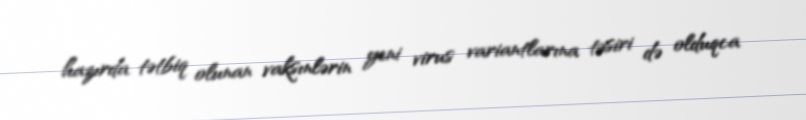
hazırda tətbiq olunan vaksınlərin yeni virus variantlarına təsiri də olduqca